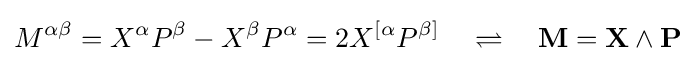
M^{\alpha \beta }=X^{\alpha }P^{\beta }-X^{\beta }P^{\alpha }=2X^{[\alpha }P^{\beta ]}\quad \rightleftharpoons \quad \mathbf {M} =\mathbf {X} \wedge \mathbf {P}